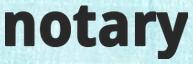
notary